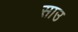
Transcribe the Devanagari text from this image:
साउ